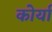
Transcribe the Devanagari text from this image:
कोर्या